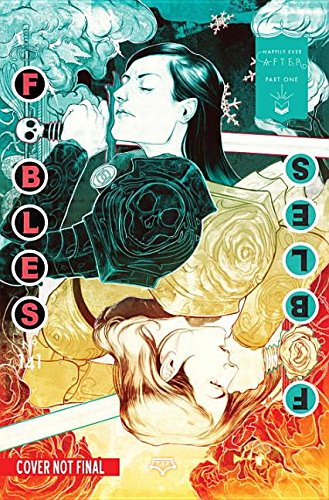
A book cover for Fables Vol. 21: Happily Ever After; Bill Willingham; Comics & Graphic Novels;